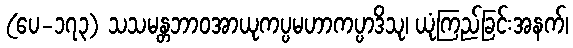
(ပေ-၁၇၃) သသမန္တဘာဝအာယုကပ္ပမဟာကပ္ပာဒိသု၊ ယုံကြည်ခြင်းအနက်၊